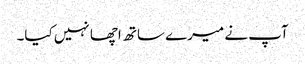
آپ نے میرے ساتھ اچھا نہیں کیا۔